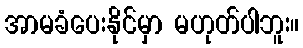
အာမခံပေးနိုင်မှာ မဟုတ်ပါဘူး။